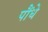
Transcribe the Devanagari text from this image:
पौंधे